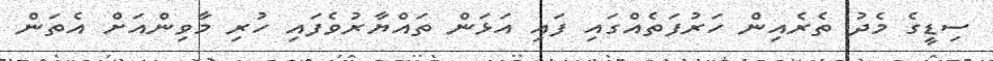
ސިޑީގެ މެދު ތެރެއިން ހަރުފަތެއްގައި ފައި އަޅަން ތައްޔާރުވެފައި ހުރި މާވިންއަށް އެތަން